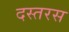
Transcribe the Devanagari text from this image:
दस्तरस